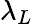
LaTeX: \lambda_{L}